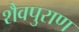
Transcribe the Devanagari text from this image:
शैवपुराण